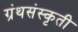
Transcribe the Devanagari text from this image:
ग्रंथसंस्कृती